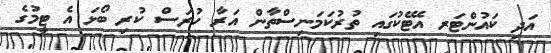
އަދި ކައުންޓަރ އެޓޭކުގައި ތުރުކަމަނިސްތާން އަރާ ހުރަސް ކުރި ބޯޅަ އެ ޓީމުގެ